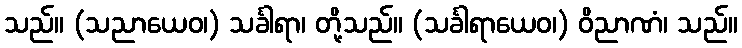
သည်။ (သညာယေဝ၊) သင်္ခါရာ၊ တို့သည်။ (သင်္ခါရာယေဝ၊) ဝိညာဏံ၊ သည်။